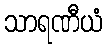
သာရဏီယံ